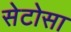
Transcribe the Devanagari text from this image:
सेटोसा